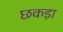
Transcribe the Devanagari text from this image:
छकड़ा